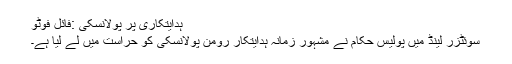
ہدایتکاری پر پولانسکی :فائل فوٹو
سوئٹزر لینڈ میں پولیس حکام نے مشہورِ زمانہ ہدایتکار رومن پولانسکی کو حراست میں لے لیا ہے۔